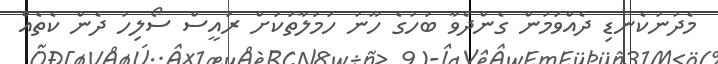
މެދުނުކެނޑި ދެއްވަމުން ގެންދެވާ ބަހުގެ ހޫނު ހަމަލާތަކަށް ރައީސް ސޯލިހު ދެން ކެތެއް